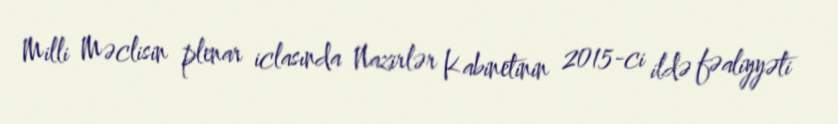
Milli Məclisin plenar iclasında Nazirlər Kabinetinin 2015-ci ildə fəaliyyəti